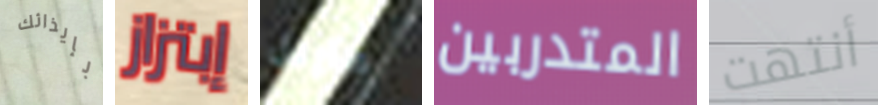
بإيذائك إبتزاز ماربل المتدربين أنتهت